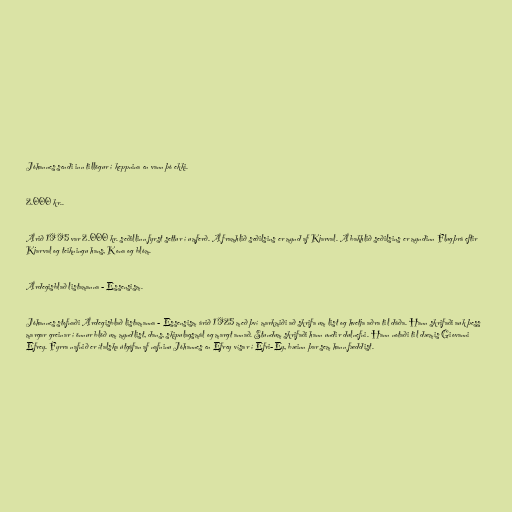
Jóhannes sendi inn tillögur í keppnina en vann þó ekki.

2.000 kr..

Árið 1995 var 2.000 kr. seðillinn fyrst settur í umferð. Á framhlið seðilsins er mynd af Kjarval. Á bakhlið seðilsins er myndinn Flugþrá eftir
Kjarval og teikningu hans, Kona og blóm.

Árdegisblað listamanna - Essensism.

Jóhannes stofnaði Árdegisblað listamanna - Essensism árið 1925 með því markmiði að skrifa um list og hvetja aðra til dáða. Hann skrifaði auk þess
margar greinar í önnur blöð um myndlist, dans, skipulagsmál og margt annað. Stundum skrifaði hann undir dulnefni. Hann notaði til dæmis Giovanni
Efrey. Fyrra nafnið er ítalska útgáfan af nafninu Jóhannes en Efrey vísar í Efri-Ey, bæinn þar sem hann fæddist.